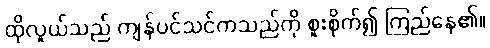
ထိုလူယ်သည် ကျန်ပင်သင်ကသည်ကို စူးစိုက်၍ ကြည်နေ၏။